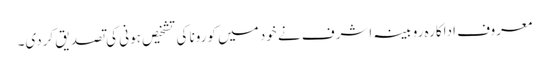
معروف اداکارہ روبینہ اشرف نے خود میں کورونا کی تشخیص ہونی کی تصدیق کردی۔